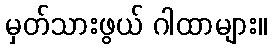
မှတ်သားဖွယ် ဂါထာများ။